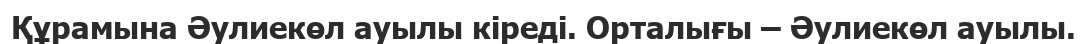
Құрамына Әулиекөл ауылы кіреді. Орталығы – Әулиекөл ауылы.